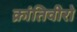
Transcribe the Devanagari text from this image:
क्रांतिवीरो